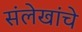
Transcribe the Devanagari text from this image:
संलेखांचे